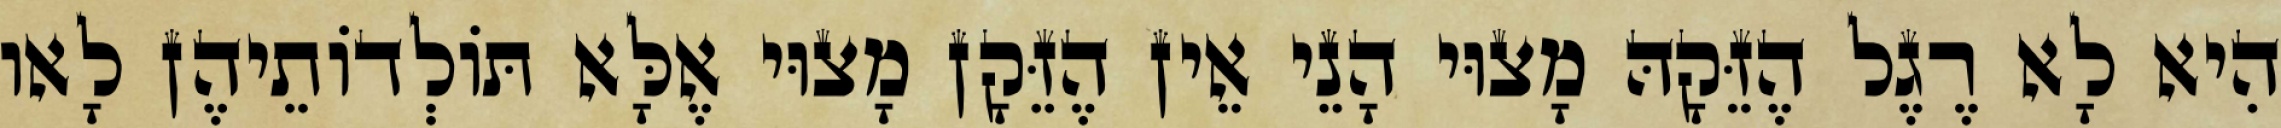
הִיא לָא רֶגֶל הֶזֵּקָהּ מָצוּי הָנֵי אֵין הֶזֵּקָן מָצוּי אֶלָּא תּוֹלְדוֹתֵיהֶן לָאו